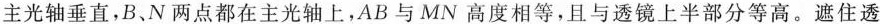
主光轴垂直，B、N两点都在主光轴上，AB与MN高度相等，且与透镜上半部分等高。遮住透